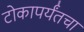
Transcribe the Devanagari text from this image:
टोकापर्यंतचा